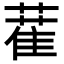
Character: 𦼉